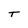
Character: T